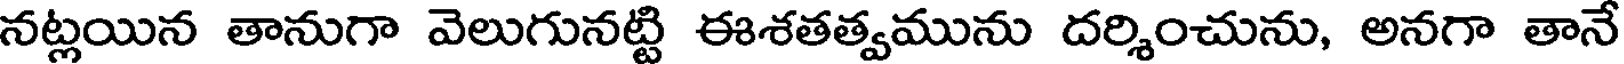
నట్లయిన తానుగా వెలుగునట్టి ఈశతత్వమును దర్శించును, అనగా తానే